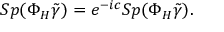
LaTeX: S p ( \Phi _ { H } \tilde { \gamma } ) = e ^ { - i c } S p ( \Phi _ { H } \tilde { \gamma } ) .